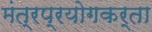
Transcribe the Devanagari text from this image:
मंत्रप्रयोगकर्ता